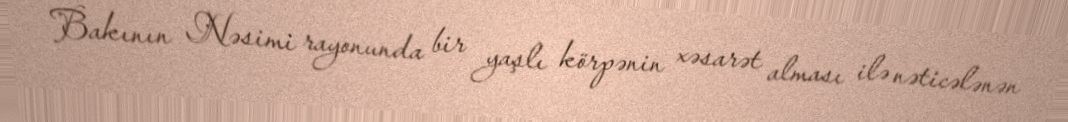
Bakının Nəsimi rayonunda bir yaşlı körpənin xəsarət alması ilə nəticələnən